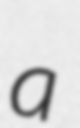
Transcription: a